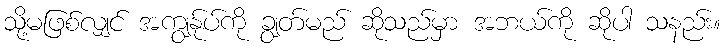
သို့မဖြစ်လျှင် အကျွန်ုပ်ကို ချွတ်မည် ဆိုသည်မှာ အဘယ်ကို ဆိုပါ သနည်း။